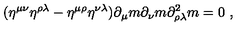
( \eta ^ { \mu \nu } \eta ^ { \rho \lambda } - \eta ^ { \mu \rho } \eta ^ { \nu \lambda } ) \partial _ { \mu } m \partial _ { \nu } m \partial _ { \rho \lambda } ^ { 2 } m = 0 \ ,